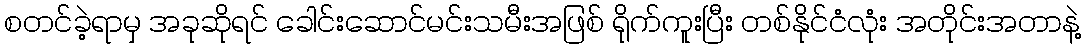
စတင်ခဲ့ရာမှ အခုဆိုရင် ခေါင်းဆောင်မင်းသမီးအဖြစ် ရိုက်ကူးပြီး တစ်နိုင်ငံလုံး အတိုင်းအတာနဲ့